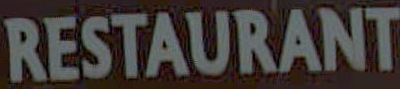
RESTAURANT